Sketch of the medical history of the native army of Bombay, for the year
Year: 1872
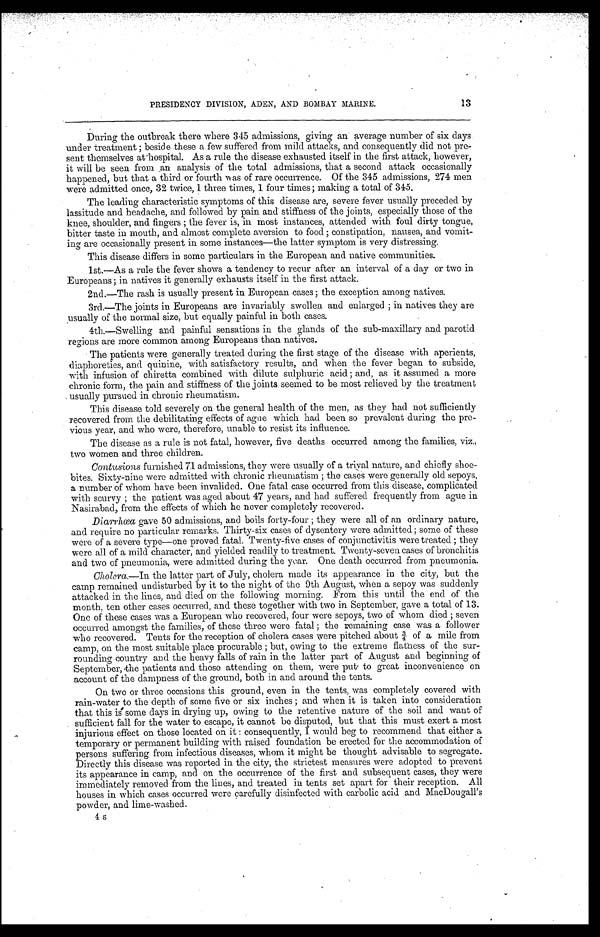
PRESIDENCY DIVISION, ADEN, AND BOMBAY MARINE.
During the outbreak there where 345 admissions, giving an' average number of six days:
under treatment ; beside these a few suffered from mild attacks, and consequently did not pre-
sent themselves at hospital. As a rule the disease exhausted itself in the first attack, however,
it will be seen from an analysis of the total admissions, that a second attack occasionally
happened, but that a third or fourth was of rare occurrence. Of the 345 admissions, 274 men
were admitted once, 32 twice, 1 three times, 1 four times ; making a total of 345.
The leading characteristic symptoms of this disease are, severe fever usually preceded by
lassitude and headache, and followed by pain and stiffness of the joints, especially those of the
knee, shoulder, and fingers ; the fever is, in most instances,. attended with foul dirty tongue,
bitter taste in mouth, and almost complete aversion to food ; constipation, nausea, and vomit-
ing are occasionally present in some instances—the latter symptom is very distressing.
This disease differs in some particulars in the European and native communities.
1st.—As a rule the fever shows a tendency to recur after an interval of a day or two in
Europeans ; in natives it generally exhausts itself in the first attack.
2nd.—The rash is usually present in European cases ; the exception among natives.
3rd.—The joints in Europeans are invariably swollen and enlarged ; in natives they are
sually of the normal size, but equally painful in both cases.
4th.—Swelling and painful sensations in the glands of the sub-maxillary and parotid
regions are more common among Europeans than natives.
The patients were generally treated during the first stage of the disease with aperients,
diaphoreties, and quinine, with satisfactory results, and when the fever began to subside,
with infusion of chiretta combined with dilute sulphuric acid ; and, as it assumed a more
chronic form, the pain and stiffness of the joints seemed to be most relieved by the treatment
usually pursued in chronic rheumatism.
This disease told severely on the general health of the men, as they had not sufficiently
recovered from the debilitating effects of ague which had been so prevalent during the pre-
vious year, and who were, therefore, unable to resist its influence.
The disease as a rule is not fatal, however, five deaths occurred among the families, viz.,
two women and three children.
Contusions furnished 71 admissions, they were usually of a trival nature, and chiefly shoe-
bites. Sixty-nine were admitted with chronic rheumatism ; the cases were generally old sepoys,
a number of whom have been invalided. One fatal case occurred from this disease, complicated
with scurvy ; the patient was aged about 47 years, and had suffered frequently from ague in
Nasirabad, from the effects of which he never completely recovered.
Diarrœa gave 50 admissions, and boils forty-four ; they were all of an ordinary nature,
and require no particular remarks. Thirty-six cases of dysentery were admitted ; some of these
were of a severe type—one proved fatal. Twenty-five cases of conjunctivitis were treated ; they
were all of a mild character, and yielded readily to treatment. Twenty-seven cases of bronchitis
and two of pneumonia, were admitted during the year. One death occurred from pneumonia.
Cholera.—In the latter part of July, cholera made its appearance in the city, but the
camp remained undisturbed by it to the night of the 9th August, when a sepoy was suddenly
attacked in the lines, and died on the following morning. From this until the end of the
month, ten other cases occurred, and these together with two in September, gave a total of 13.
One of these cases was a European who recovered, four were sepoys, two of whom died ; seven
occurred amongst the families, of these three were fatal ; the remaining case was a follower
who recovered. Tents for the reception of cholera cases were pitched about 3/4 of a mile from
camp, on the most suitable place procurable ; but, owing to the extreme flatness of the sur-
rounding country and the heavy falls of rain in the latter part of August and beginning of
September, the patients and those attending on them, were put to great inconvenience on
account of the dampness of the ground, both in and around the tents.
On two or three occasions this ground, even in the tents, was completely covered with
rain-water to the depth of some five or six inches ; and when it is taken into consideration
that this is some days in drying up, owing to the retentive nature of the soil and want of
sufficient fall for the water to escape, it cannot be disputed, but that this must exert a most
injurious effect on those located on it : consequently, I would beg to recommend that either a
temporary or permanent building with raised foundation be erected for the accommodation of
persons suffering from infectious diseases, whom it might be thought advisable to segregate.
Directly this disease was reported in the city, the strictest measures were adopted to prevent
its appearance in camp, and on the occurrence of the first and subsequent cases, they were
immediately removed from the lines, and treated in tents set apart for their reception. All
houses in which cases occurred were carefully disinfected with carbolic acid and MacDougall's
powder, and lime-washed.
4 s